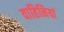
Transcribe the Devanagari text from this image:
वाहिनियां